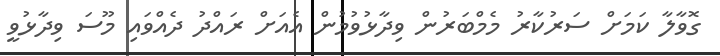
ގޮވާލާ ކަމަށް ސަރުކާރު މެމްބަރުން ވިދާޅުވުމުން އެއަށް ރައްދު ދެއްްވައި މޫސަ ވިދާޅުވީ